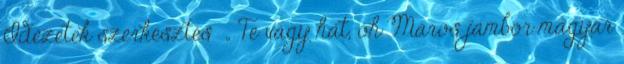
Idézetek szerkesztés „ Te vagy hát, óh Maros jámbor magyar